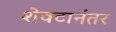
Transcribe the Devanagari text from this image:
शेवटानंतर